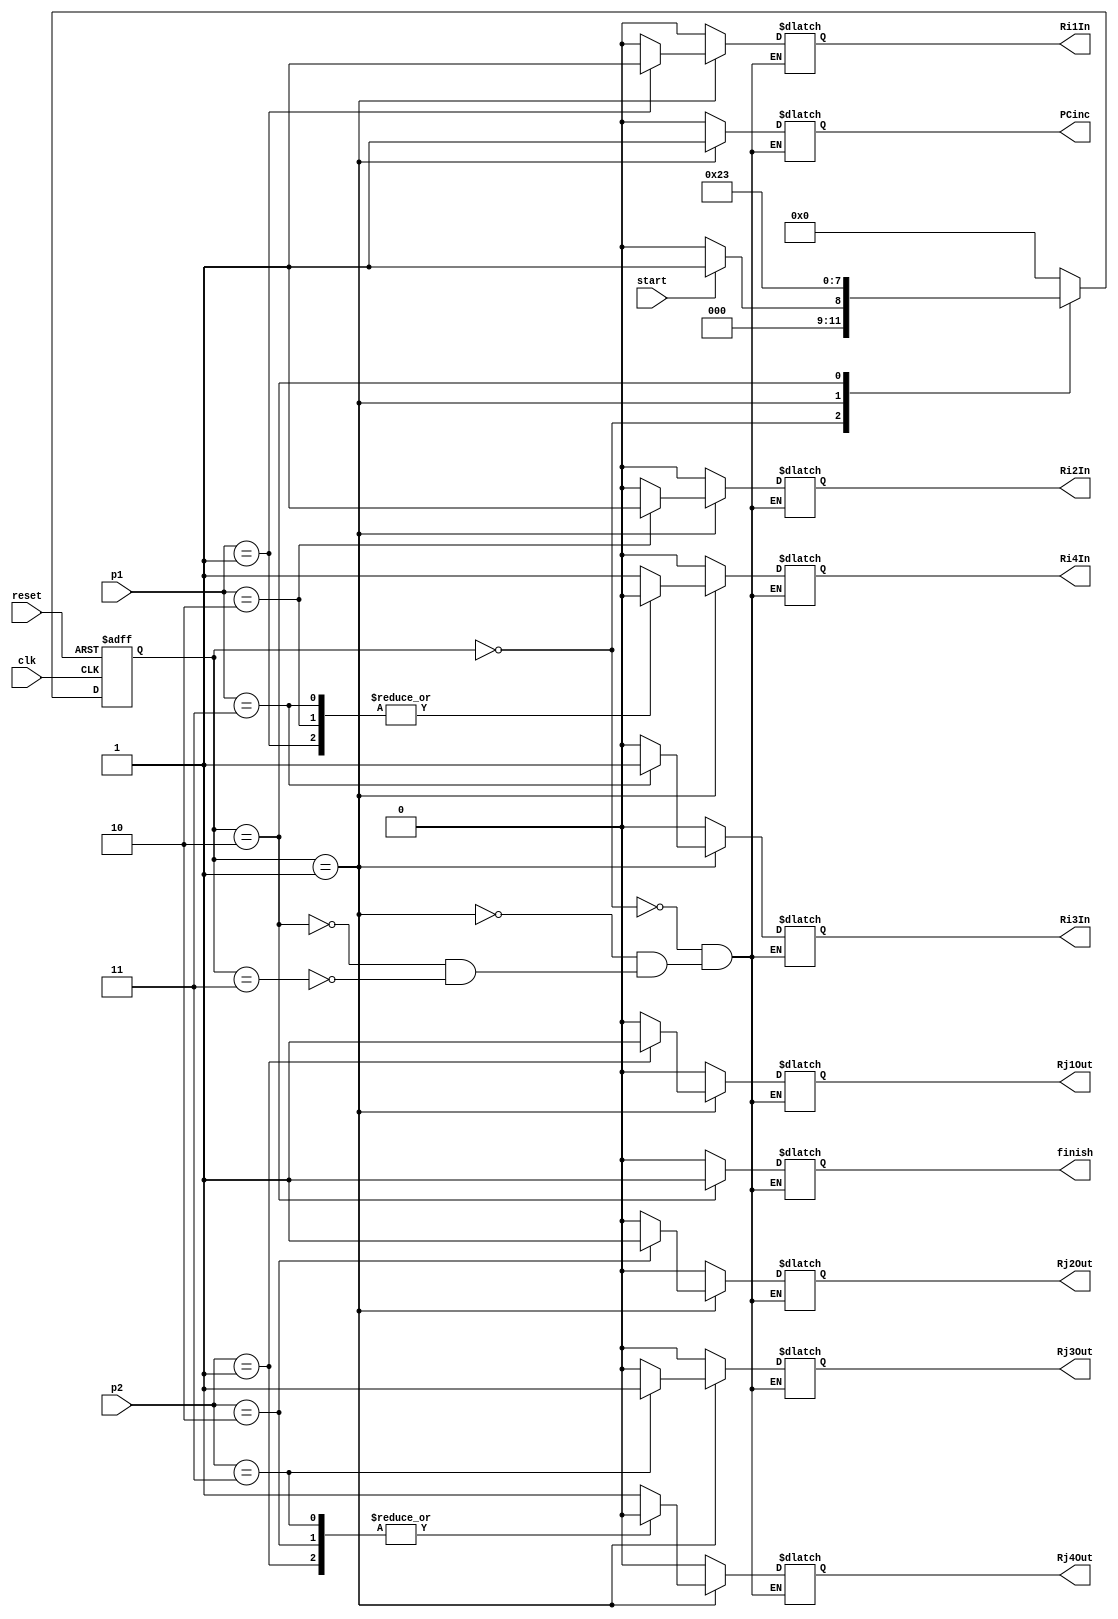
// Zack Fravel
// System Synthesis and Modeling
// Final Project (Step 4)

module move_FSM(clk, reset, start, PCinc,
	  Rj1Out, Rj2Out, Rj3Out, Rj4Out,  
	  Ri1In, Ri2In, Ri3In, Ri4In, p1, p2, finish);

// Port Declartaion

input clk; input reset; input start; input[5:0] p1; input[5:0] p2;

output reg PCinc; 
output reg Rj1Out; output reg Rj2Out; output reg Rj3Out; output reg Rj4Out; 
output reg Ri1In; output reg Ri2In; output reg Ri3In; output reg Ri4In; 
output reg finish;

reg[3:0] current_state, next_state;		

// Set Parameters for State Signals

parameter init = 4'b0000, one = 4'b0001, two = 4'b0010, three = 4'b0011, 
	four = 4'b0100, five = 4'b0101, six = 4'b0110, 	
	seven = 4'b0111, eight = 4'b1000, nine = 4'b1001, ten = 4'b1010;


// Architecture

always @(posedge clk or posedge reset)			// Current State Transition
begin
   if(reset)
	current_state <= init;
   else
	current_state <= next_state;
end


always @(current_state or start)			// Next State Logic
begin

   case(current_state)

   init: begin
	 	if(start)
	   		next_state <= one;
		else
			next_state <= init;
         end
   one:    begin next_state <= two; end
   two:    begin next_state <= three; end
   three:  begin next_state <= init; end
   default:begin next_state <= init; end

   endcase
end


always @(current_state)					// Output Logic
begin

   case (current_state)

   init:  begin 
		PCinc = 0; Rj1Out = 0; Rj2Out = 0; Rj3Out = 0; Rj4Out = 0; 
		Ri1In = 0; Ri2In = 0; Ri3In = 0; Ri4In = 0; finish = 0;
	  end
   one:   begin  
		PCinc = 1; finish = 0;
		case (p1)
			6'b000001: begin Ri1In = 1; Ri2In = 0; Ri3In = 0; Ri4In = 0; end
			6'b000010: begin Ri2In = 1; Ri1In = 0; Ri3In = 0; Ri4In = 0; end
			6'b000011: begin Ri3In = 1; Ri2In = 0; Ri1In = 0; Ri4In = 0; end
			default  : begin Ri4In = 1; Ri2In = 0; Ri3In = 0; Ri1In = 0; end
		endcase 

		case (p2)
			6'b000001: begin Rj1Out = 1; Rj2Out = 0; Rj3Out = 0; Rj4Out = 0; end
			6'b000010: begin Rj2Out = 1; Rj1Out = 0; Rj3Out = 0; Rj4Out = 0; end
			6'b000011: begin Rj3Out = 1; Rj2Out = 0; Rj1Out = 0; Rj4Out = 0; end
			default  : begin Rj4Out = 1; Rj2Out = 0; Rj3Out = 0; Rj1Out = 0; end
		endcase
	  end
   two:   begin 
		PCinc = 0; finish = 1;
		case (p1)
			6'b000001: begin Ri1In = 0; Ri2In = 0; Ri3In = 0; Ri4In = 0; end
			6'b000010: begin Ri2In = 0; Ri1In = 0; Ri3In = 0; Ri4In = 0; end
			6'b000011: begin Ri3In = 0; Ri2In = 0; Ri1In = 0; Ri4In = 0; end
			default  : begin Ri4In = 0; Ri2In = 0; Ri3In = 0; Ri1In = 0; end
		endcase 

		case (p2)
			6'b000001: begin Rj1Out = 0; Rj2Out = 0; Rj3Out = 0; Rj4Out = 0; end
			6'b000010: begin Rj2Out = 0; Rj1Out = 0; Rj3Out = 0; Rj4Out = 0; end
			6'b000011: begin Rj3Out = 0; Rj2Out = 0; Rj1Out = 0; Rj4Out = 0; end
			default  : begin Rj4Out = 0; Rj2Out = 0; Rj3Out = 0; Rj1Out = 0; end
		endcase
	  end
   three: begin 
		finish = 0; PCinc = 0;
		Rj1Out = 0; Rj2Out = 0; Rj3Out = 0; Rj4Out = 0; 
		Ri1In = 0; Ri2In = 0; Ri3In = 0; Ri4In = 0;
	  end
   endcase

end


endmodule